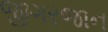
જીગરજાન